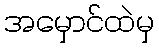
အမှောင်ထဲမှ